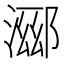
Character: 𬈖